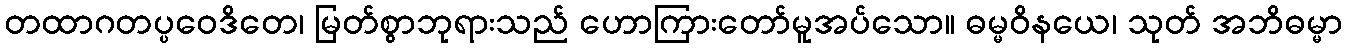
တထာဂတပ္ပဝေဒိတေ၊ မြတ်စွာဘုရားသည် ဟောကြားတော်မူအပ်သော။ ဓမ္မဝိနယေ၊ သုတ် အဘိဓမ္မာ